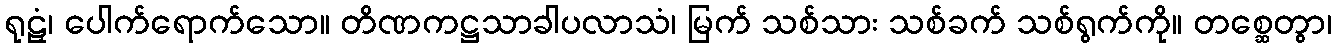
ရုဠှံ၊ ပေါက်ရောက်သော။ တိဏကဋ္ဌသာခါပလာသံ၊ မြက် သစ်သား သစ်ခက် သစ်ရွက်ကို။ တစ္ဆေတွာ၊